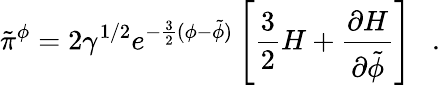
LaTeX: \tilde{\pi}^{\phi}=2\gamma^{1/2}e^{-\frac{3}{2}(\phi-\tilde{\phi})}\left[\frac{3}{2}H+\frac{\partial H}{\partial\tilde{\phi}}\right]~~~.